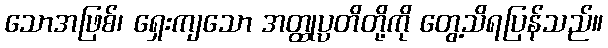
သောအဖြစ်၊ ရှေးကျသော အတ္ထုပ္ပတိတို့ကို တွေ့သိရပြန်သည်။